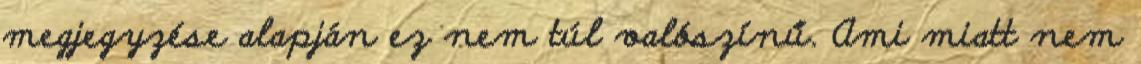
megjegyzése alapján ez nem túl valószínű. Ami miatt nem